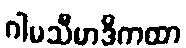
ဂါမသီမာဒိကထာ